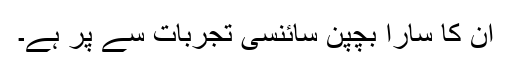
ان کا سارا بچپن سائنسی تجربات سے پر ہے۔